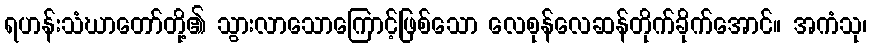
ရဟန်းသံဃာတော်တို့၏ သွားလာသောကြောင့်ဖြစ်သော လေစုန်လေဆန်တိုက်ခိုက်အောင်။ အကံသု၊